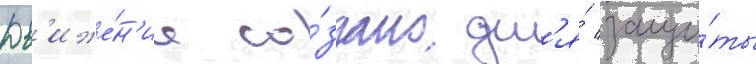
Дв'иже́н'ие со́здано дл'я́ защи́ты